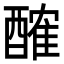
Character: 𨢜